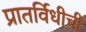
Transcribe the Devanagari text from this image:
प्रातर्विधीची